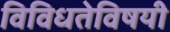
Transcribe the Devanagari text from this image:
विविधतेविषयी